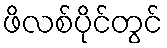
ဖိလစ်ပိုင်တွင်